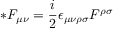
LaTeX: * F _ { \mu \nu } = \frac { i } { 2 } \epsilon _ { \mu \nu \rho \sigma } F ^ { \rho \sigma }